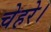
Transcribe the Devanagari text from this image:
चेहरे।